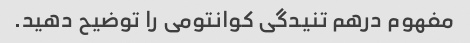
مفهوم درهم تنیدگی کوانتومی را توضیح دهید.